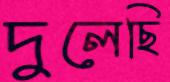
দুলেছি